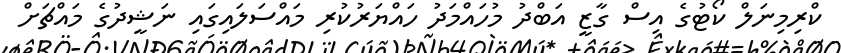
ކްރިމިނަލް ކޯޓުގެ އިސް ގާޒީ އަބްދު މުހައްމަދު ހައްޔަރުކުރި މައްސަލައިގައި ނަޝީދުގެ މައްޗަށް